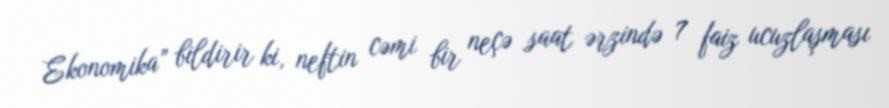
Ekonomika” bildirir ki, neftin cəmi bir neçə saat ərzində 7 faiz ucuzlaşması